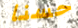
حسنا